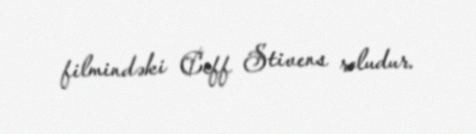
filmindəki Ceff Stivens roludur.